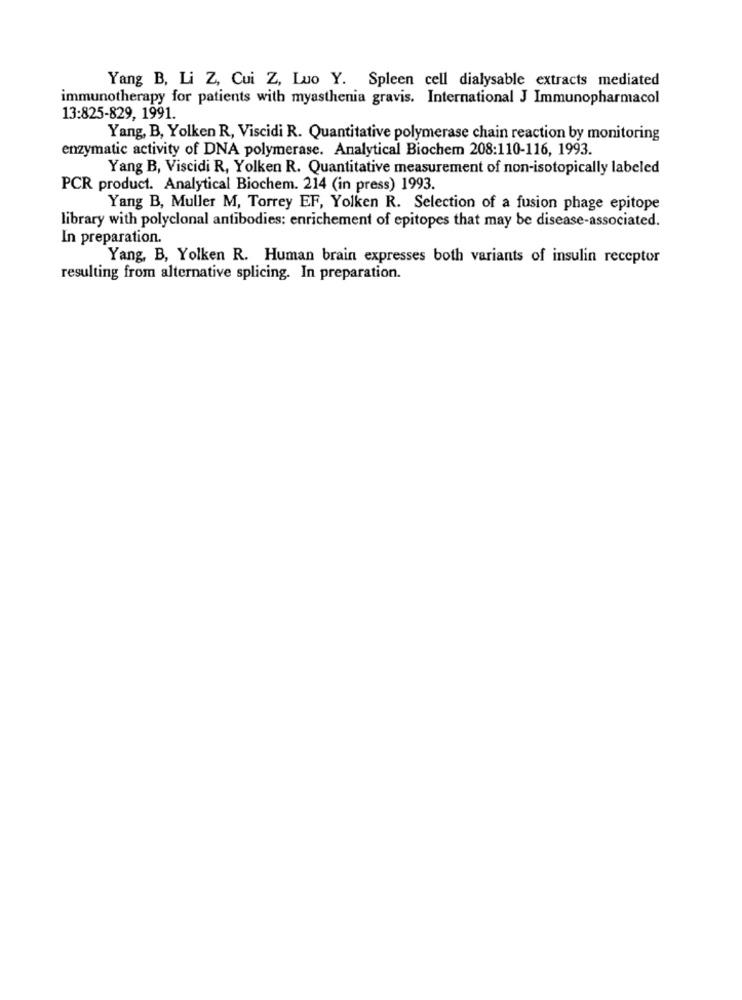
Yang B, Li Z, Cui Z, Luo Y. Spleen cell dialysable extracts mediated
immunotherapy for patients with myasthenia gravis. International J Immunopharmacol
13:825-829, 1991.
Yang, B, Yolken R, Viscidi R. Quantitative polymerase chain reaction by monitoring
enzymatic activity of DNA polymerase. Analytical Biochem 208:110-116, 1993.
Yang B, Viscidi R, Yolken R. Quantitative measurement of non-isotopically labeled
PCR product. Analytical Biochem. 214 (in press) 1993.
Yang B, Muller M, Torrey EF, Yolken R. Selection of a fusion phage epitope
library with polyclonal antibodies: enrichement of epitopes that may be disease-associated.
In preparation.
Yang, B, Yolken R. Human brain expresses both variants of insulin receptor
resulting from alternative splicing. In preparation.